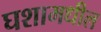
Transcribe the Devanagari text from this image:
घशामधील